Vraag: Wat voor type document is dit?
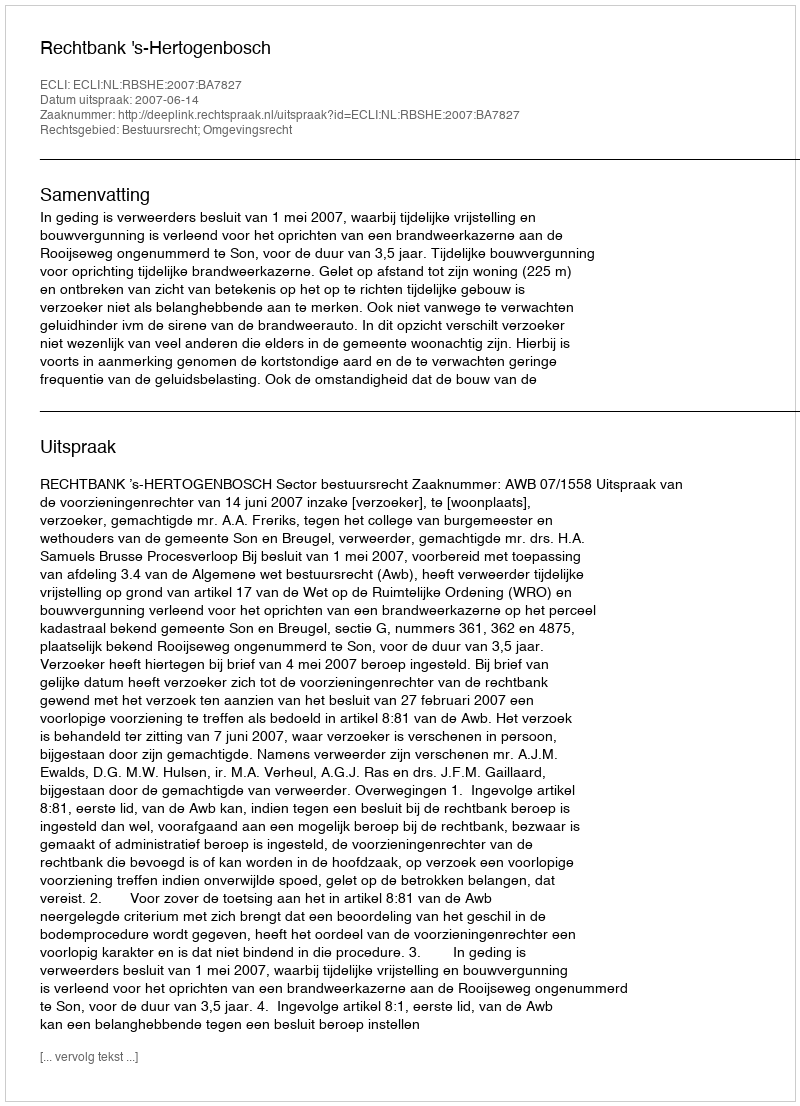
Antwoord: Uitspraak